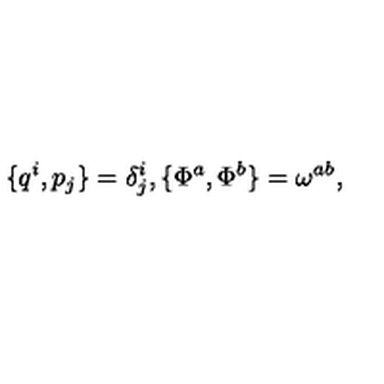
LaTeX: \{ q ^ { i } , p _ { j } \} = \delta _ { j } ^ { i } , \{ \Phi ^ { a } , \Phi ^ { b } \} = \omega ^ { a b } ,